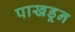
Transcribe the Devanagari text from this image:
पाखडून